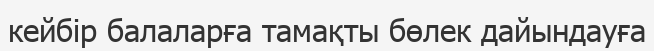
кейбір балаларға тамақты бөлек дайындауға